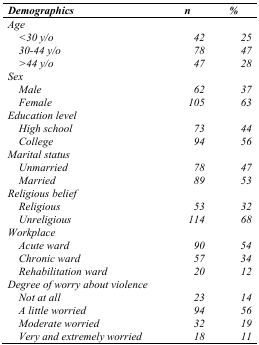
<table><thead><tr><td><b><i>Demographics</i></b></td><td><b><i>n</i></b></td><td><b><i>%</i></b></td></tr></thead><tbody><tr><td colspan="3"><i>Age</i></td></tr><tr><td><i>&lt;30 y/o</i></td><td><i>42</i></td><td><i>25</i></td></tr><tr><td><i>30–44 y/o</i></td><td><i>78</i></td><td><i>47</i></td></tr><tr><td><i>&gt;44 y/o</i></td><td><i>47</i></td><td><i>28</i></td></tr><tr><td colspan="3"><i>Sex</i></td></tr><tr><td><i>Male</i></td><td><i>62</i></td><td><i>37</i></td></tr><tr><td><i>Female</i></td><td><i>105</i></td><td><i>63</i></td></tr><tr><td colspan="3"><i>Education level</i></td></tr><tr><td><i>High school</i></td><td><i>73</i></td><td><i>44</i></td></tr><tr><td><i>College</i></td><td><i>94</i></td><td><i>56</i></td></tr><tr><td colspan="3"><i>Marital status</i></td></tr><tr><td><i>Unmarried</i></td><td><i>78</i></td><td><i>47</i></td></tr><tr><td><i>Married</i></td><td><i>89</i></td><td><i>53</i></td></tr><tr><td colspan="3"><i>Religious belief</i></td></tr><tr><td><i>Religious</i></td><td><i>53</i></td><td><i>32</i></td></tr><tr><td><i>Unreligious</i></td><td><i>114</i></td><td><i>68</i></td></tr><tr><td colspan="3"><i>Workplace</i></td></tr><tr><td><i>Acute ward</i></td><td><i>90</i></td><td><i>54</i></td></tr><tr><td><i>Chronic ward</i></td><td><i>57</i></td><td><i>34</i></td></tr><tr><td><i>Rehabilitation ward</i></td><td><i>20</i></td><td><i>12</i></td></tr><tr><td colspan="3"><i>Degree of worry about violence</i></td></tr><tr><td><i>Not at all</i></td><td><i>23</i></td><td><i>14</i></td></tr><tr><td><i>A little worried</i></td><td><i>94</i></td><td><i>56</i></td></tr><tr><td><i>Moderate worried</i></td><td><i>32</i></td><td><i>19</i></td></tr><tr><td><i>Very and extremely worried</i></td><td><i>18</i></td><td><i>11</i></td></tr></tbody></table>